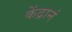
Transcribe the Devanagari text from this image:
केंद्रानं